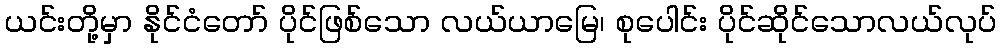
ယင်းတို့မှာ နိုင်ငံတော် ပိုင်ဖြစ်သော လယ်ယာမြေ၊ စုပေါင်း ပိုင်ဆိုင်သောလယ်လုပ်